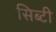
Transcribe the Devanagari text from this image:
सिब्‍टी